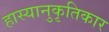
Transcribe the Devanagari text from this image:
हास्यानुकृतिकार